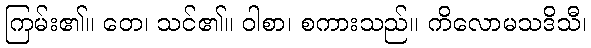
ကြမ်း၏။ တေ၊ သင်၏။ ဝါစာ၊ စကားသည်။ ကိလောမသဒိသီ၊